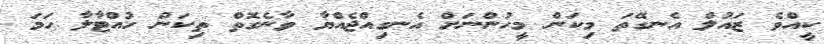
ކީއްވެ ޒައުލް އެނގޭތަ މިކަން މީހުންނަށް އެނގިއްޖެއްޔާ ވާނެގޮތް ތިކަން ހުއްޓާލާ ހަމަ